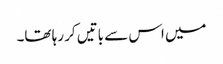
میں اس سے باتیں کر رہا تھا۔